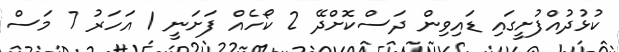
ކުޅުދުއްފުށީގައި ޑައިވިން ދަސްކޮށްދޭ 2 ކޯހެއް ފަށަނީ 1 އަހަރު 7 މަސް